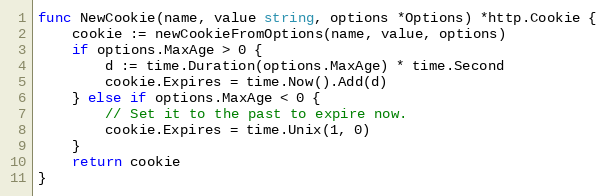
Language: Go
func NewCookie(name, value string, options *Options) *http.Cookie {
	cookie := newCookieFromOptions(name, value, options)
	if options.MaxAge > 0 {
		d := time.Duration(options.MaxAge) * time.Second
		cookie.Expires = time.Now().Add(d)
	} else if options.MaxAge < 0 {
		// Set it to the past to expire now.
		cookie.Expires = time.Unix(1, 0)
	}
	return cookie
}